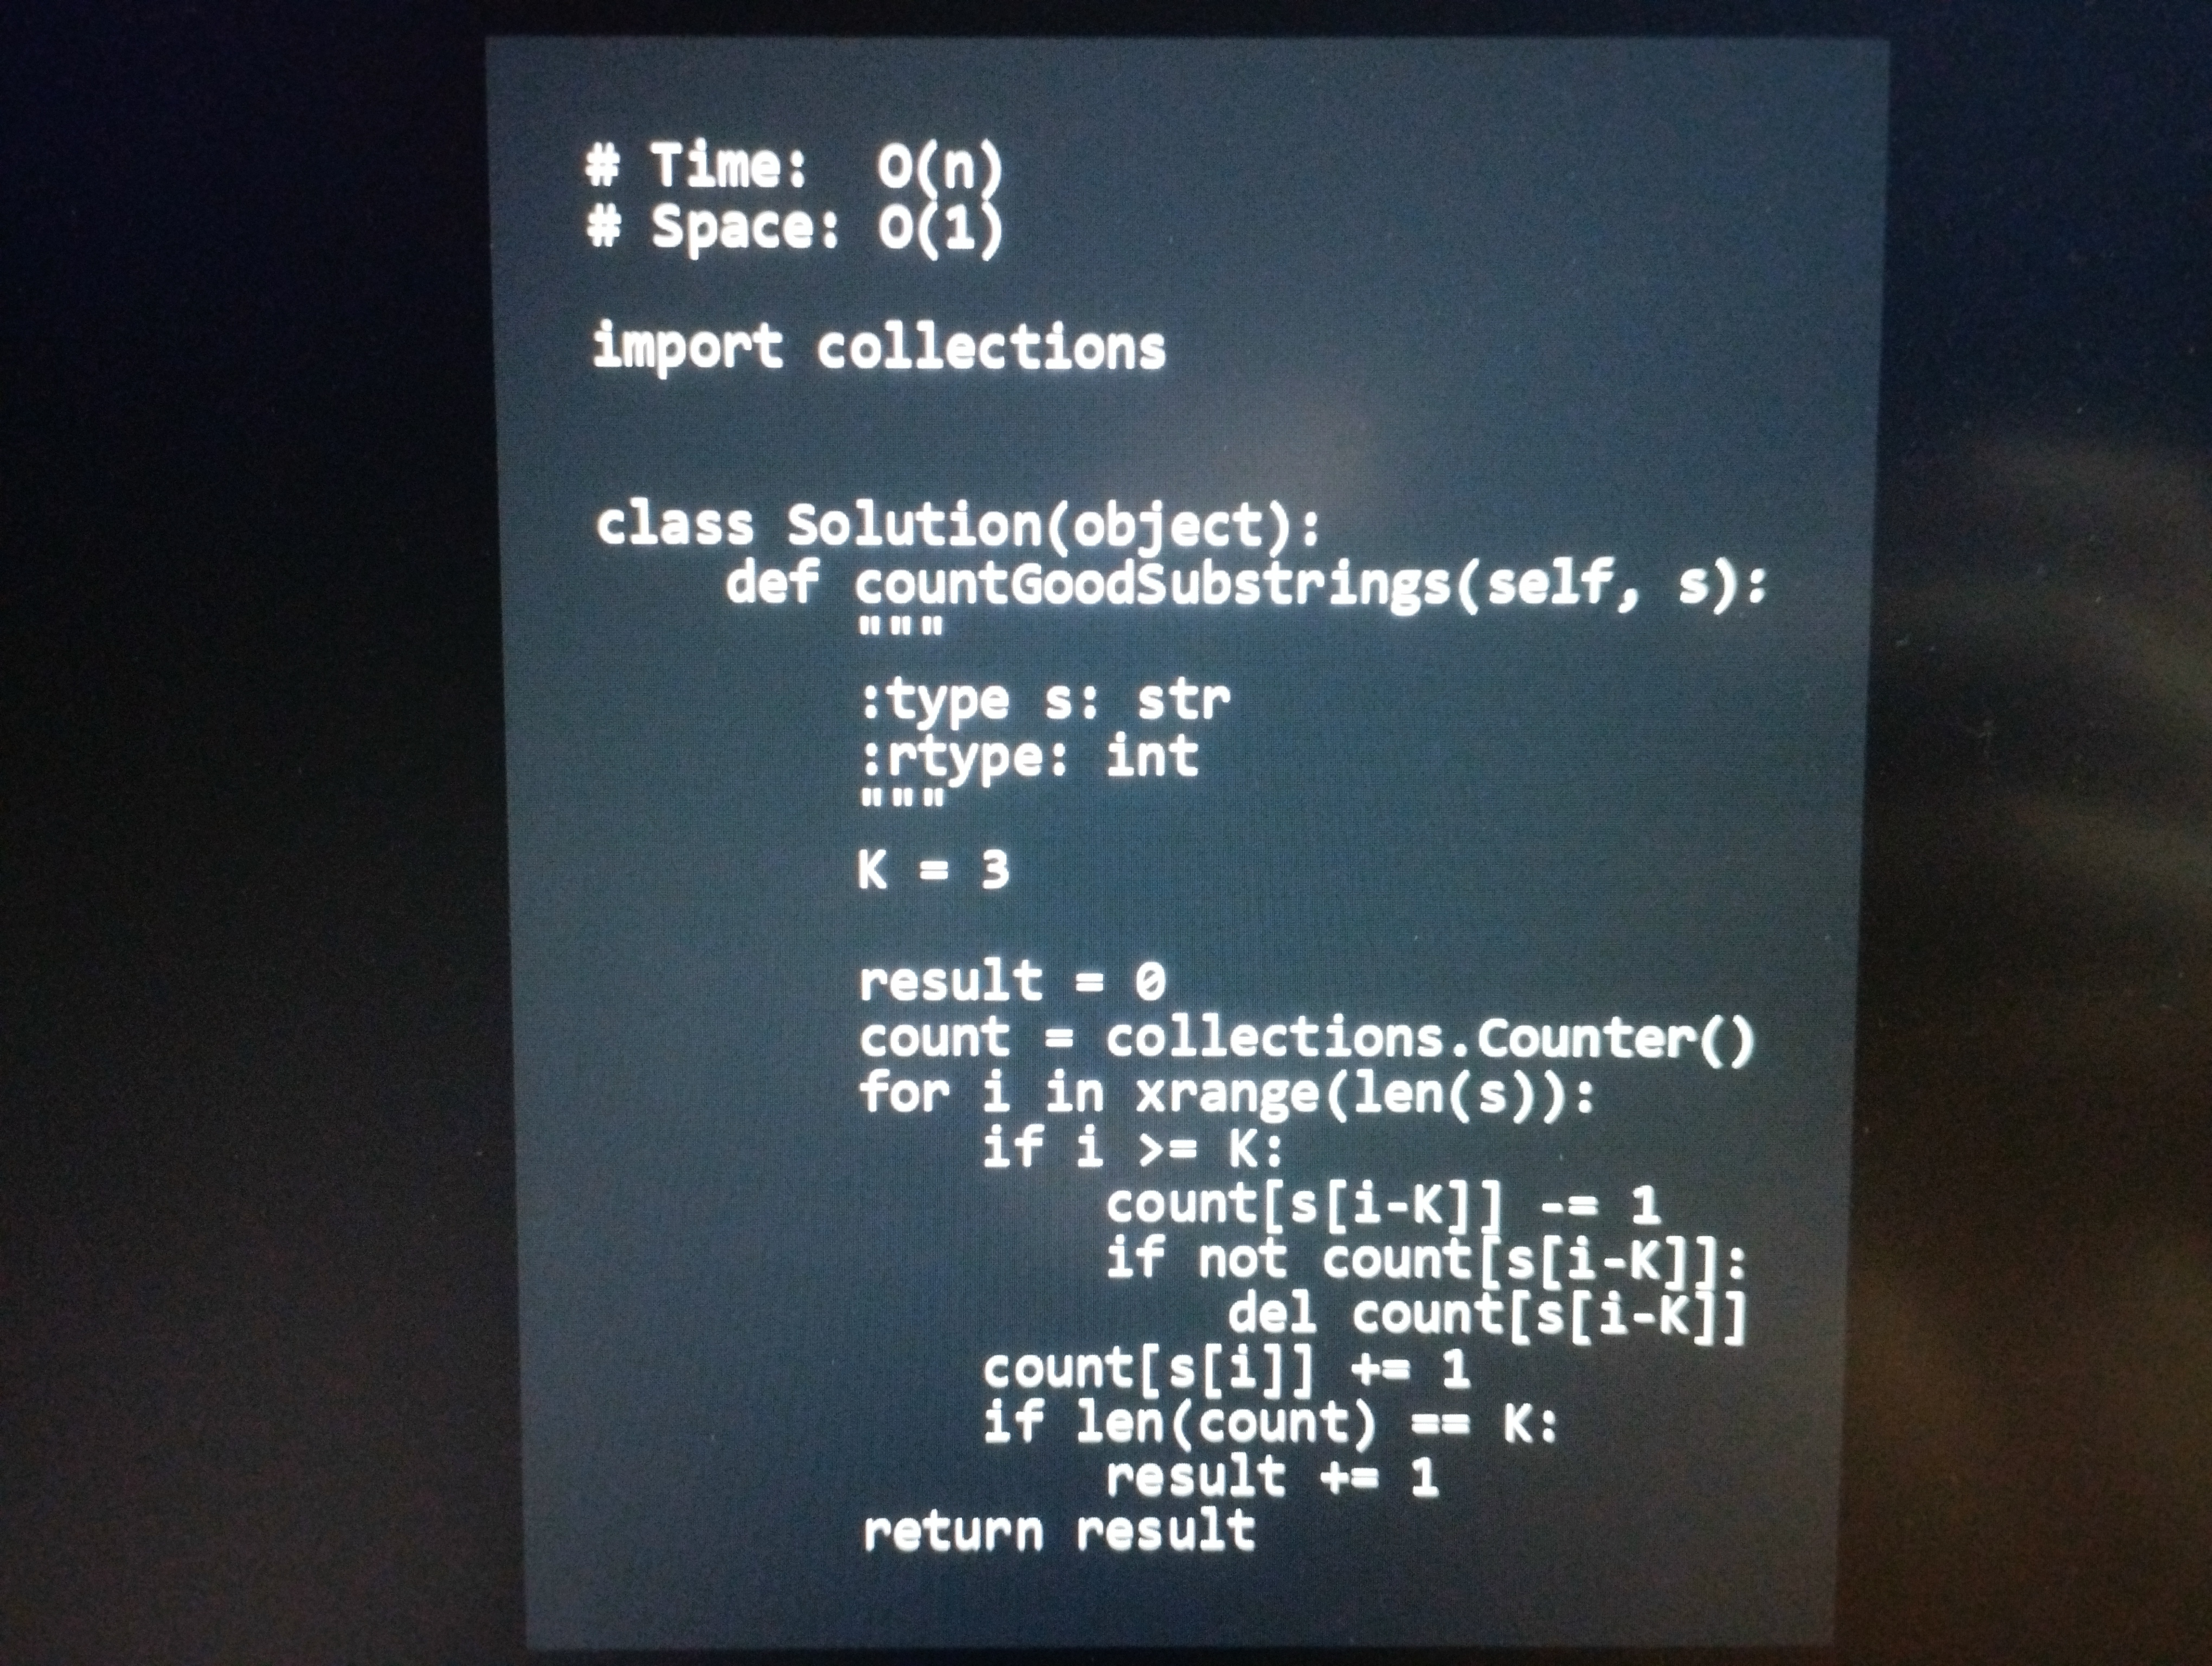
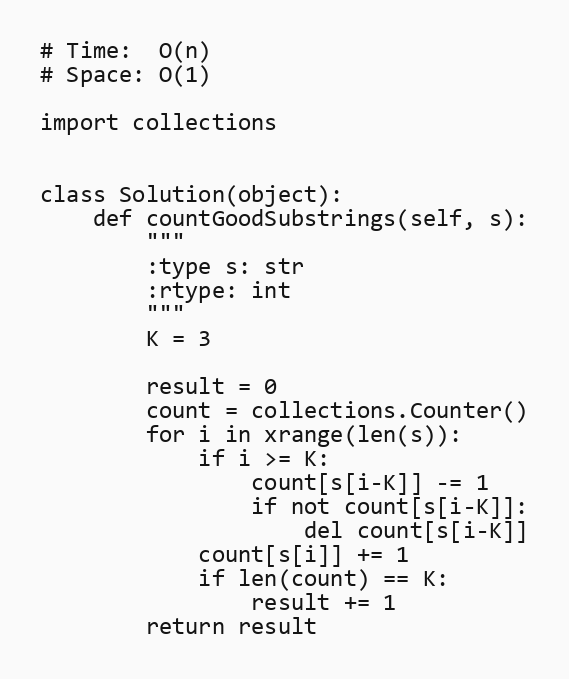
# Time:  O(n)
# Space: O(1)

import collections

class Solution(object):
    def countGoodSubstrings(self, s):
        """
        :type s: str
        :rtype: int
        """
        K = 3

        result = 0
        count = collections.Counter()
        for i in xrange(len(s)):
            if i >= K:
                count[s[i-K]] -= 1
                if not count[s[i-K]]:
                    del count[s[i-K]]
            count[s[i]] += 1
            if len(count) == K:
                result += 1
        return result